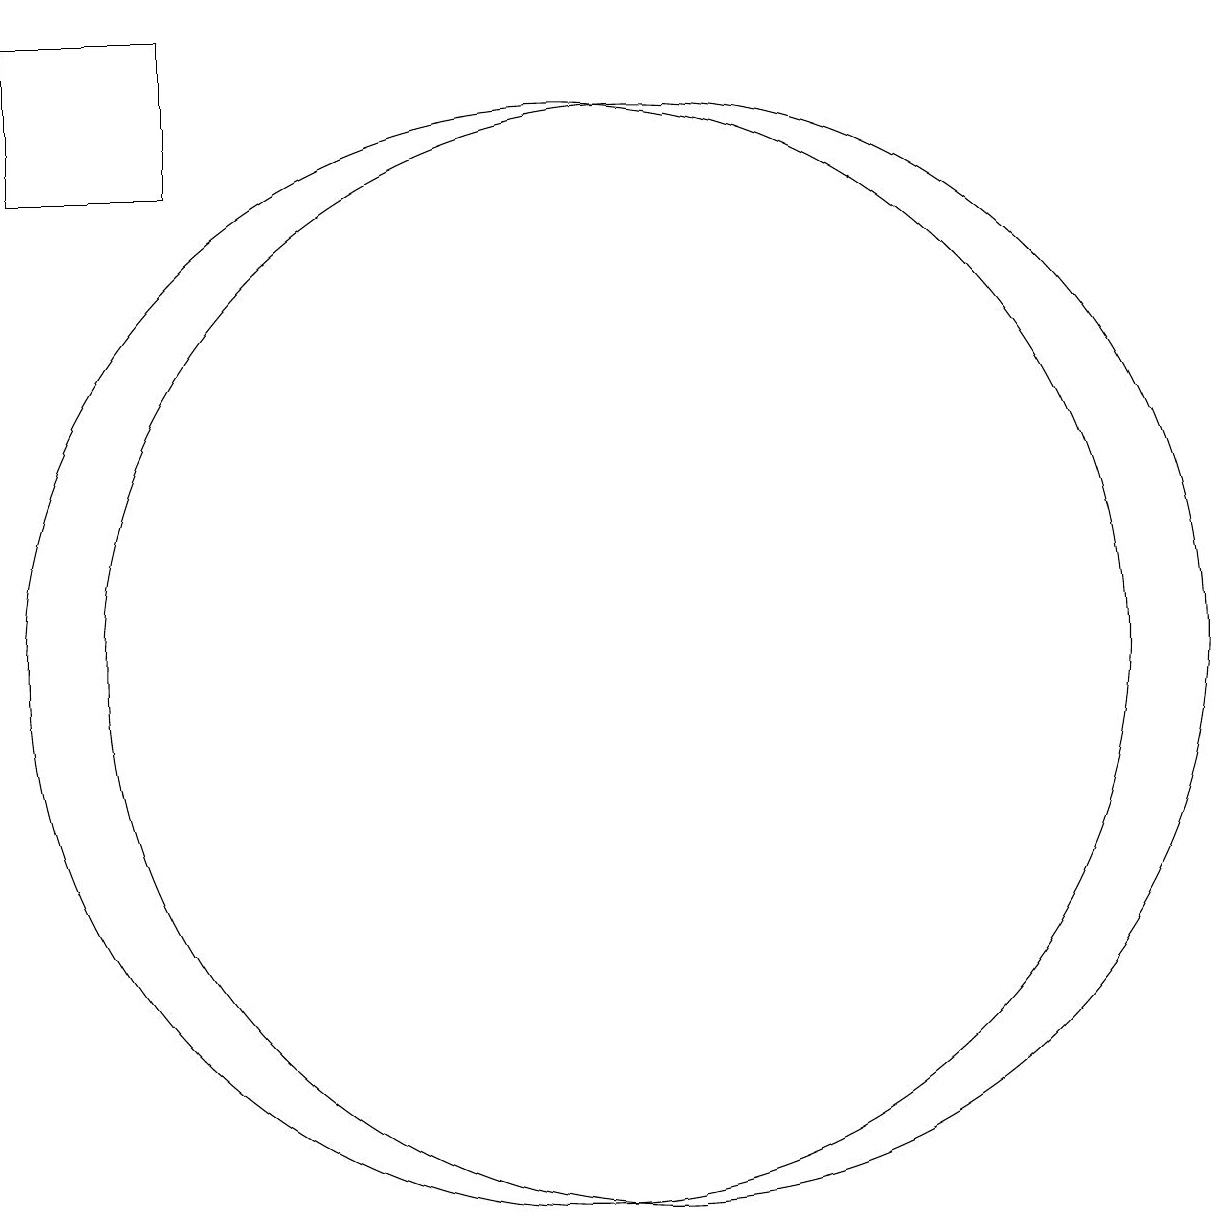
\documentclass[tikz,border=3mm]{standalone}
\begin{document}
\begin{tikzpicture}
\draw (11,10) circle (0);
\draw (12,11) circle (7);
\draw (6,17) rectangle (4,19);
\draw (11,11) circle (7);
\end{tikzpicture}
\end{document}